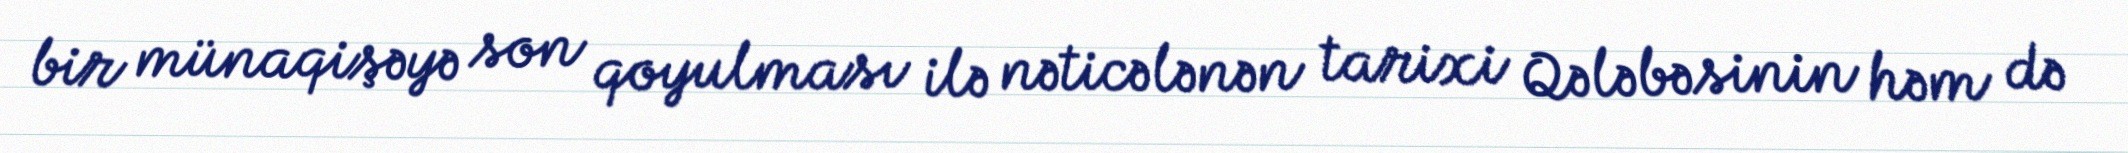
bir münaqişəyə son qoyulması ilə nəticələnən tarixi Qələbəsinin həm də